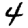
Digit: 4